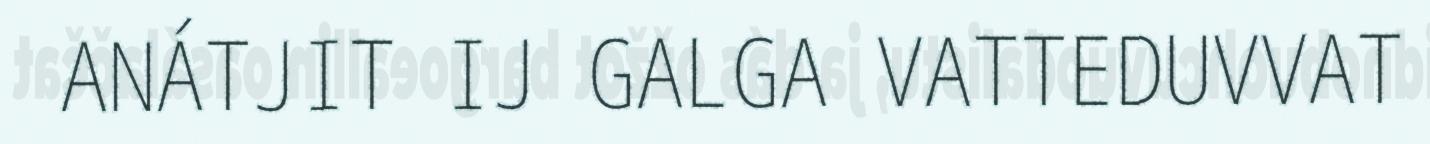
ANÁTJIT IJ GALGA VATTEDUVVAT